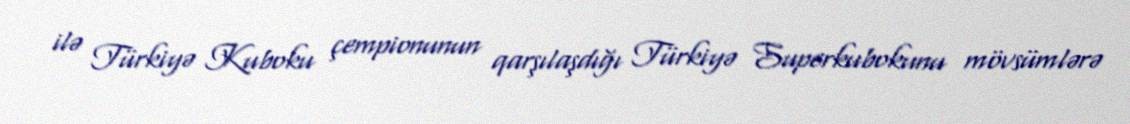
ilə Türkiyə Kuboku çempionunun qarşılaşdığı Türkiyə Superkubokunu mövsümlərə